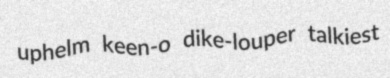
uphelm keen-o dike-louper talkiest